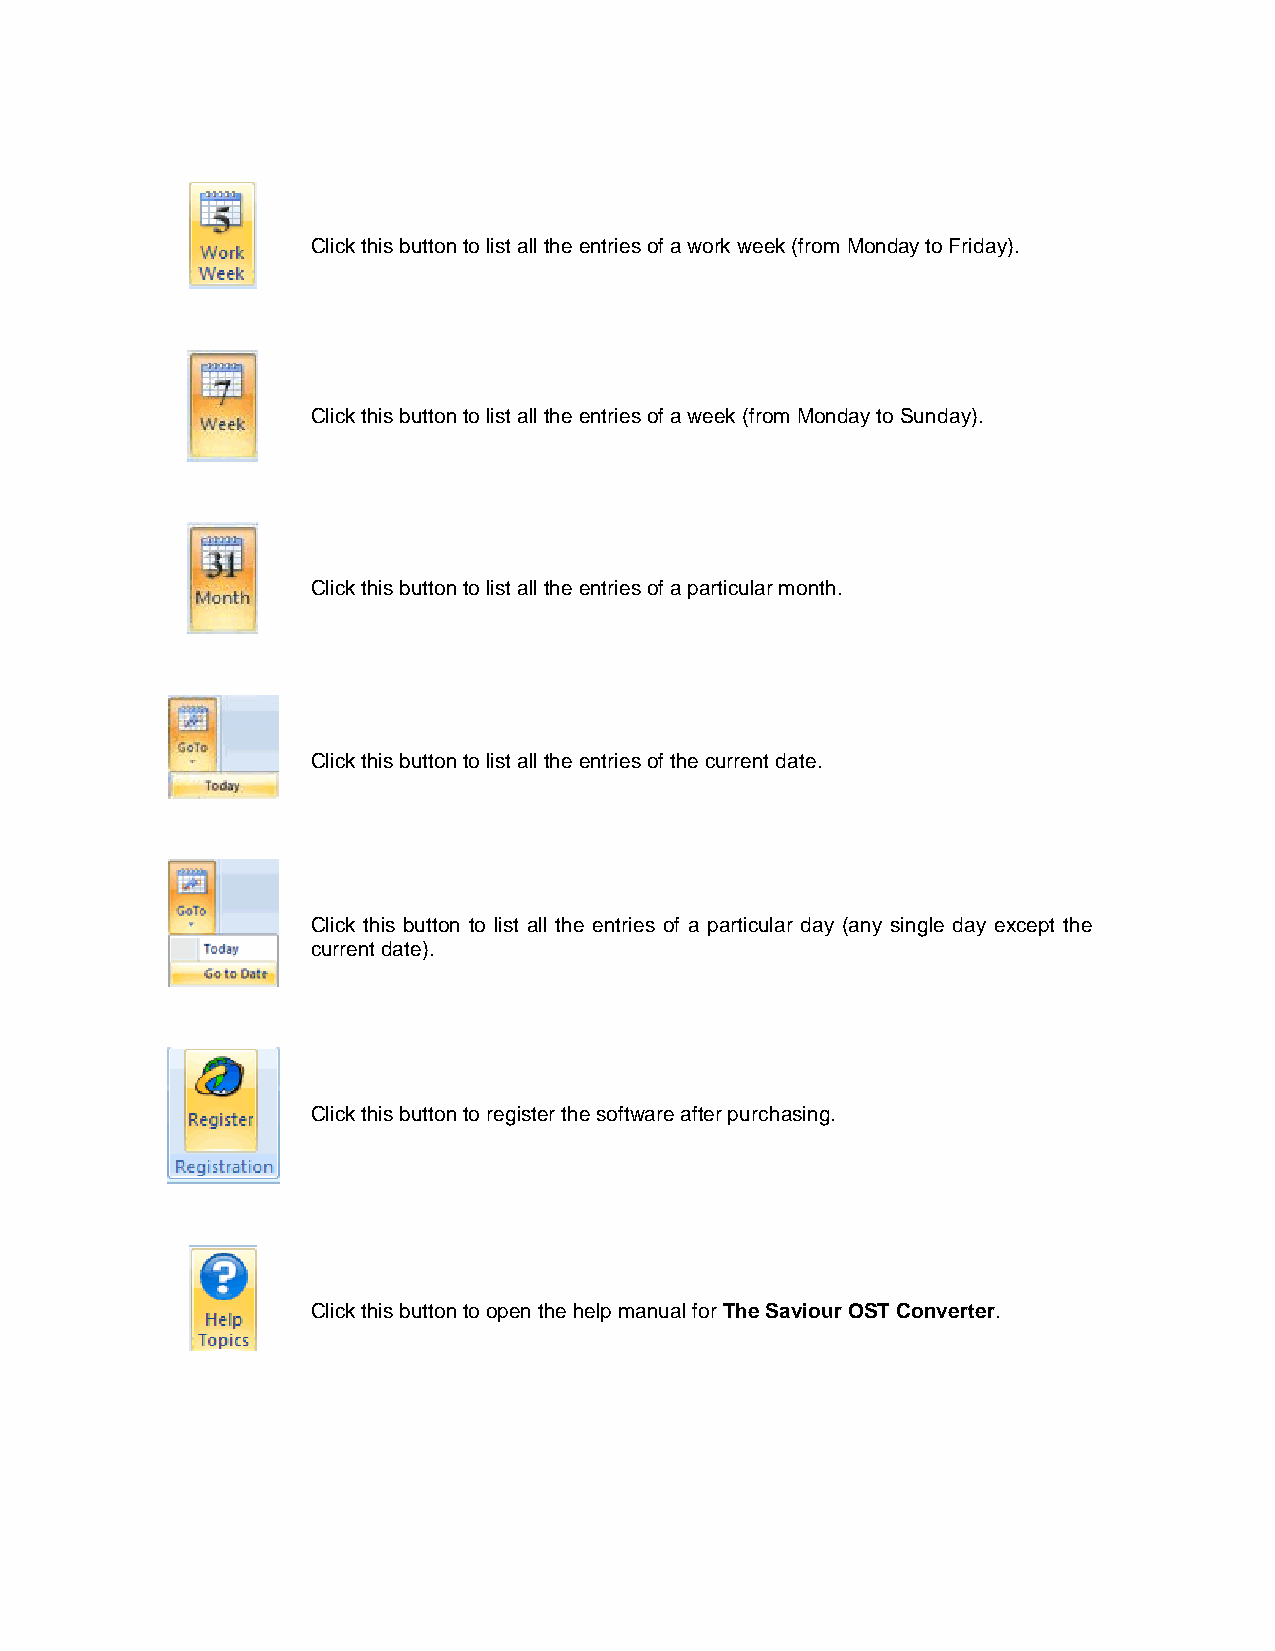
Click this button to list all the entries of a work week (from Monday to Friday).
 Click this button to list all the entries of a week (from Monday to Sunday).
 Click this button to list all the entries of a particular month.
 Click this button to list all the entries of the current date.
 Click this button to list all the entries of a particular day (any single day except the
 current date).
 Click this button to register the software after purchasing.
 Click this button to open the help manual for The Saviour OST Converter.